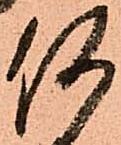
何